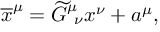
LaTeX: \overline { { { x } } } ^ { \mu } = \widetilde { G } _ { \ \nu } ^ { \mu } x ^ { \nu } + a ^ { \mu } ,